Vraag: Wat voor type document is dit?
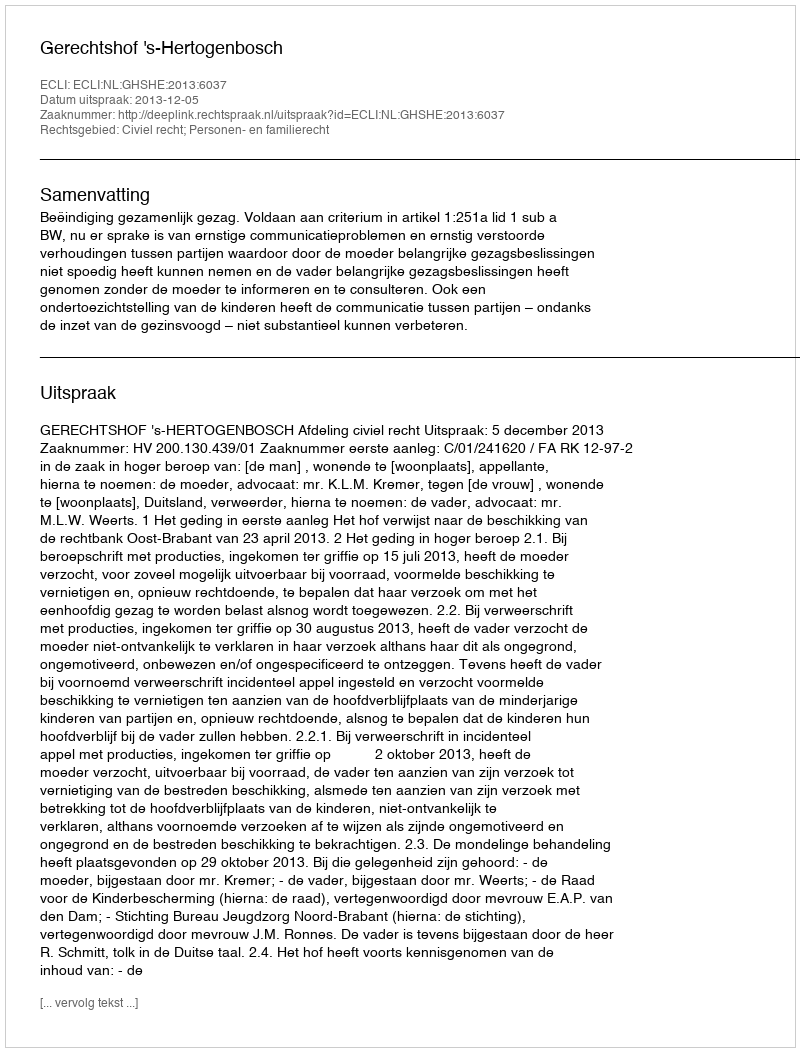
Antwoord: Uitspraak